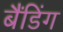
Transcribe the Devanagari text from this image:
बैंडिंग